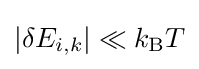
|\delta E_{i,k}|\ll k_{\rm {B}}T